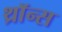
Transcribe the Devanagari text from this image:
थ्राॅन्स